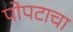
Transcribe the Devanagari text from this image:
पोपटाचा